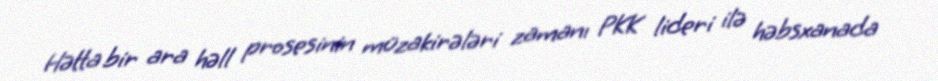
Hətta bir ara həll prosesinin müzakirələri zamanı PKK lideri ilə həbsxanada